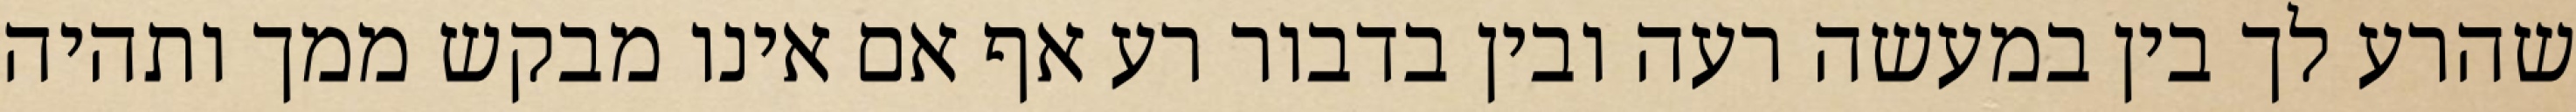
שהרע לך בין במעשה רעה ובין בדבור רע אף אם אינו מבקש ממך ותהיה